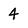
Character: 4